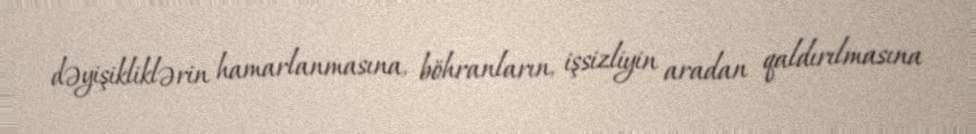
dəyişikliklərin hamarlanmasına, böhranların, işsizliyin aradan qaldırılmasına